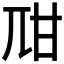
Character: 𤮾